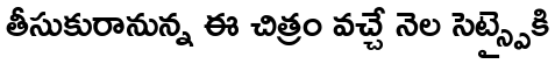
తీసుకురానున్న ఈ చిత్రం వచ్చే నెల సెట్స్పైకి